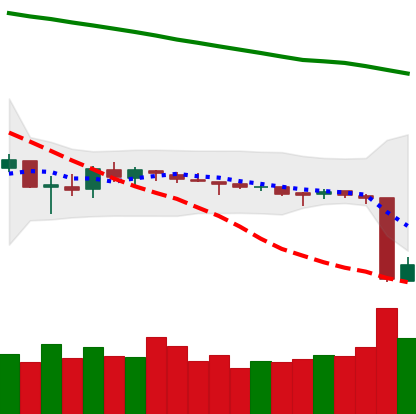
Ticker: ETC-USD
Chart end date: 2018-10-12
Forward return: 3.62%
Label: up_3_5